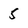
Character: 5